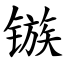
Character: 镞